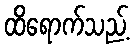
ထိရောက်သည့်